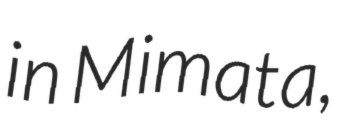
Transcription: in Mimata,